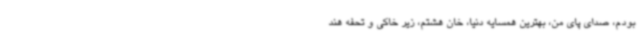
بودم، صدای پای من، بهترین همسایه دنیا، خان هشتم، زیر خاکی و تحفه هند